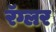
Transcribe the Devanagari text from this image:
रॅग्लर